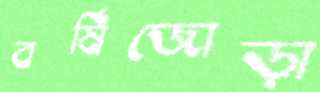
বর্ষিজোড়া